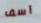
آسف